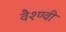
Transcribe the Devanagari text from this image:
वैश्ण्वी